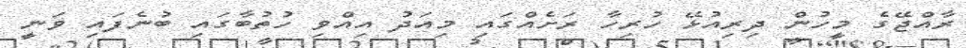
ރާއްޖޭގެ މީހުން ދިރިއުޅޭ ހުރިހާ ރަށެއްގައި މިއަދު އިއްވި ހުތުބާގައި ބުނެފައި ވަނީ